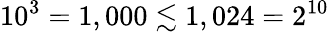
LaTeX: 10^{3}=1,000\lesssim 1,024=2^{10}